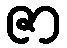
ဇာ